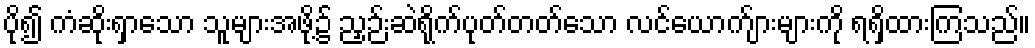
ပို၍ ကံဆိုးရှာသော သူများအဖို့၌ ညှဉ်းဆဲရိုက်ပုတ်တတ်သော လင်ယောက်ျားများကို ရရှိထားကြသည်။